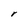
Character: r